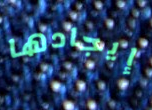
إيجادها